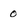
Character: 0